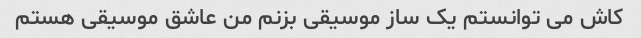
کاش می توانستم یک ساز موسیقی بزنم من عاشق موسیقی هستم